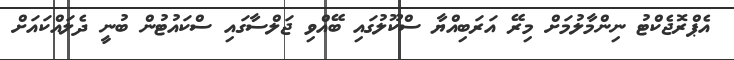
އެޕްރޮޖެކްޓު ނިންމާލުމަށް މިރޭ އަރަބިއްޔާ ސްކޫލުގައި ބޭއްވި ޖަލްސާގައި ސްކައުޓުން ބުނީ ދެލައްކައަށް